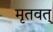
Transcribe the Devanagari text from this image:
मृतवत्